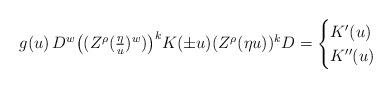
LaTeX: \begin{align*}g(u)\,D^w \big((Z^\rho(\tfrac{\eta}{u})^w)\big)^k K(\pm u) (Z^\rho(\eta u))^k D = \begin{cases} K'(u) & \\K''(u) & \end{cases}\end{align*}